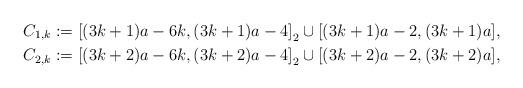
LaTeX: \begin{align*}C_{1,k} & := \left[ (3k+1) a - 6 k, (3k+1) a - 4 \right]_2 \cup [(3k+1) a - 2, (3k+1) a],\\C_{2,k} & := \left[ (3k+2) a - 6 k, (3k+2) a - 4 \right]_2 \cup [(3k+2) a - 2, (3k+2) a],\end{align*}